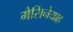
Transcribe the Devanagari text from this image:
मैसिनेयाह